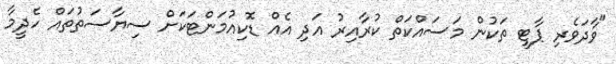
"ވާދަވެރި ޕާޓީ ތަކުން މަސައްކަތް ކުރާއިރު އަދި އެއް ޑޮކިއުމަންޓަކަށް ސިޔާސަތުތައް ހެދީމާ